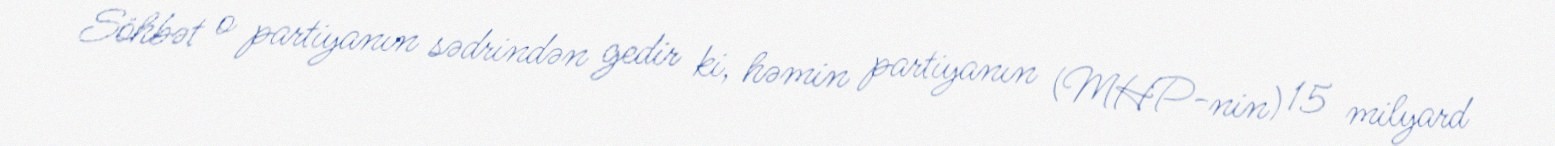
Söhbət o partiyanın sədrindən gedir ki, həmin partiyanın (MHP-nin) 15 milyard